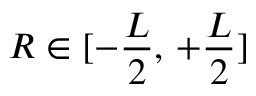
R \in [ - \frac { L } { 2 } , \, + \frac { L } { 2 } ]